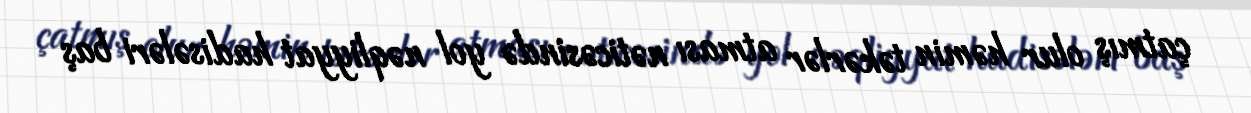
çatmış olur həmin təkərlər atması nəticəsində yol nəqliyyat hadisələri baş